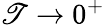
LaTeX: \mathscr{T}\to0^{+}